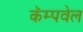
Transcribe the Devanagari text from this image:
कॅम्पवेल